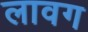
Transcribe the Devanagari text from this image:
लावग